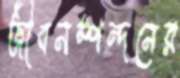
জীবনস্পন্দনের